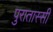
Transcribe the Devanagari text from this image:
पुरातास्सी